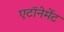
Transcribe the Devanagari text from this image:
एटॉनेमेंट